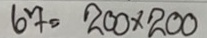
67 = 200 x 200